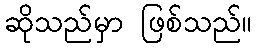
ဆိုသည်မှာ ဖြစ်သည်။